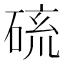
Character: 𱴖